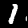
Digit: 1